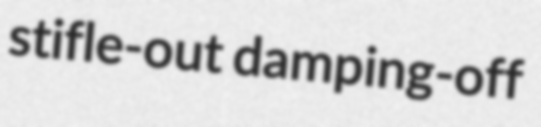
stifle-out damping-off